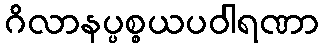
ဂိလာနပ္ပစ္စယပဝါရဏာ